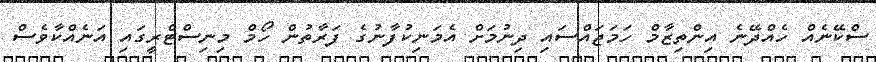
ސްކޭނެއް ހެއްދޭނެ އިންތިޒާމް ހަމަޖައްސައި ދިނުމަށް އެމަނިކުފާނުގެ ފަރާތުން ހޯމް މިނިސްޓްރީގައި އަނެއްކާވެސް